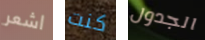
اشعر كنت الجدول